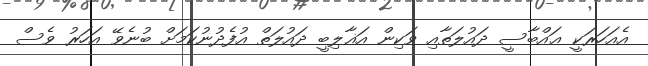
އެއަހަރަކީ ޢައްބާސީ ދައުލަތާއި ވަކިން އަޣާލިބީ ދައުލަތް އުފެދުނުކަމަށް ބުނެވޭ އަހަރު ވެސް